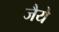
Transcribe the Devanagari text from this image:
जैये